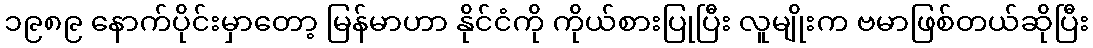
၁၉၈၉ နောက်ပိုင်းမှာတော့ မြန်မာဟာ နိုင်ငံကို ကိုယ်စားပြုပြီး လူမျိုးက ဗမာဖြစ်တယ်ဆိုပြီး